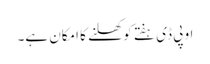
او پی ڈی ہفتے کو کھلنے کا امکان ہے۔